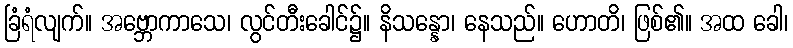
ခြံရံလျက်။ အဗ္ဘောကာသေ၊ လွင်တီးခေါင်၌။ နိသန္နော၊ နေသည်။ ဟောတိ၊ ဖြစ်၏။ အထ ခေါ၊